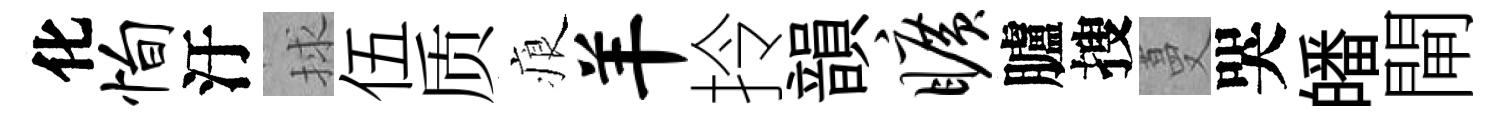
化恂汙捄伍质痕羊拎韻旷臚搜蔓哭皤閘